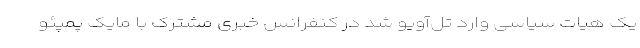
یک هیات سیاسی وارد تل‌آویو شد در کنفرانس خبری مشترک با مایک پمپئو